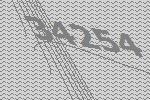
34254